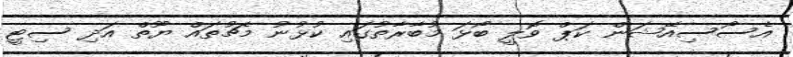
އެސޯސިއޭޝަން ކަޕް ވޮލީ ބޯޅަ މުބާރާތުގައި ކުޅުނު މެޗުތައް ޔޫތް އަދި ސިޓީ